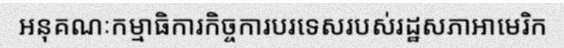
អនុគណៈកម្មាធិការកិច្ចការបរទេសរបស់រដ្ឋសភាអាមេរិក